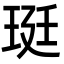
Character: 珽